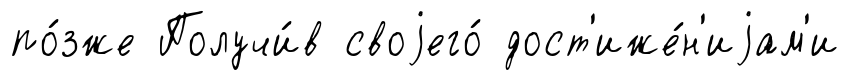
по́зже Получи́в своjего́ дост'иже́н'иjам'и